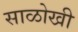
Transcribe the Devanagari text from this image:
साळोखी